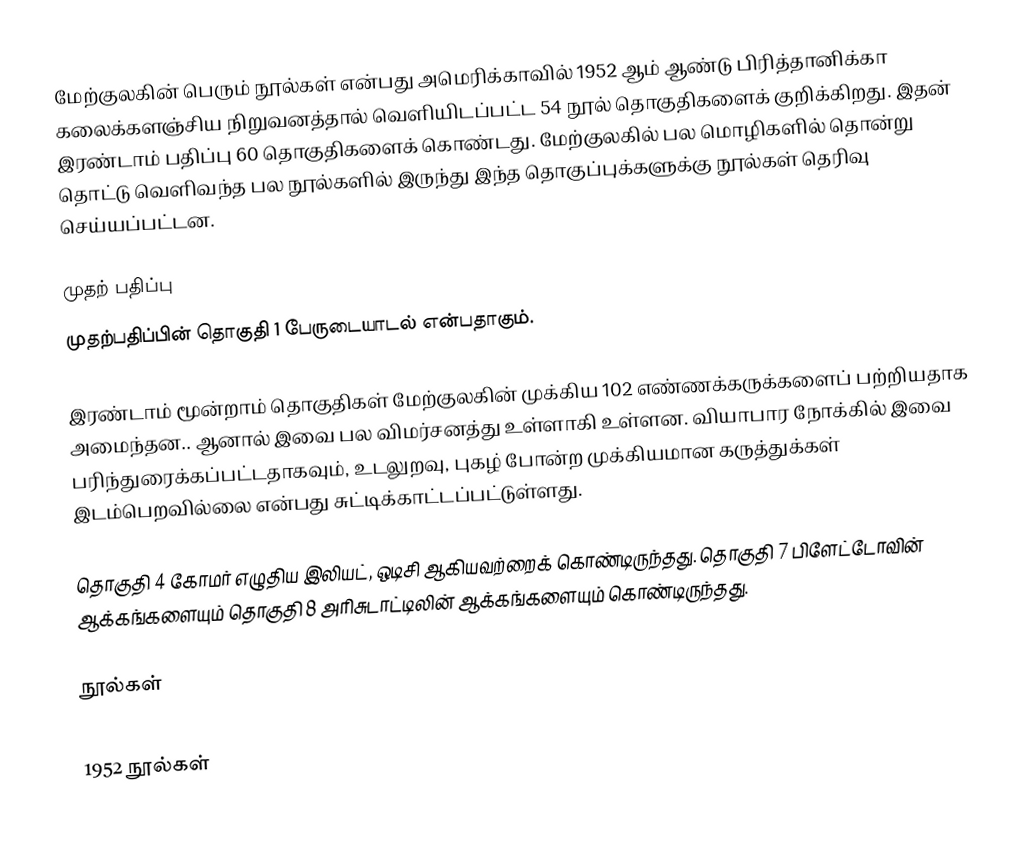
மேற்குலகின் பெரும் நூல்கள் என்பது அமெரிக்காவில் 1952 ஆம் ஆண்டு பிரித்தானிக்கா கலைக்களஞ்சிய நிறுவனத்தால் வெளியிடப்பட்ட 54 நூல் தொகுதிகளைக் குறிக்கிறது.  இதன் இரண்டாம் பதிப்பு 60 தொகுதிகளைக் கொண்டது.  மேற்குலகில் பல மொழிகளில் தொன்று தொட்டு வெளிவந்த பல நூல்களில் இருந்து இந்த தொகுப்புக்களுக்கு நூல்கள் தெரிவு செய்யப்பட்டன.

முதற் பதிப்பு
முதற்பதிப்பின் தொகுதி 1 பேருடையாடல் என்பதாகும்.

இரண்டாம் மூன்றாம் தொகுதிகள் மேற்குலகின் முக்கிய 102 எண்ணக்கருக்களைப் பற்றியதாக அமைந்தன..  ஆனால் இவை பல விமர்சனத்து உள்ளாகி உள்ளன.  வியாபார நோக்கில் இவை பரிந்துரைக்கப்பட்டதாகவும், உடலுறவு, புகழ் போன்ற முக்கியமான கருத்துக்கள் இடம்பெறவில்லை என்பது சுட்டிக்காட்டப்பட்டுள்ளது.

தொகுதி 4 கோமர் எழுதிய இலியட், ஒடிசி ஆகியவற்றைக் கொண்டிருந்தது. தொகுதி 7 பிளேட்டோவின் ஆக்கங்களையும் தொகுதி 8 அரிசுடாட்டிலின் ஆக்கங்களையும் கொண்டிருந்தது.

நூல்கள்
1952
1952 நூல்கள்